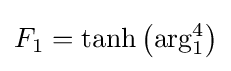
F_{1}={\rm {tanh}}\left({\rm {arg}}_{1}^{4}\right)